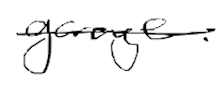
Text: garage.
Cross-out: single-line
Writing tool: digital_black